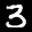
Label: 3